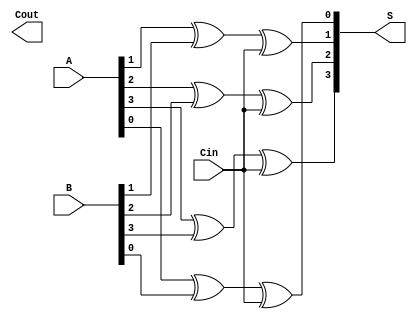
module han_carlson_adder #(parameter N = 16, // Total number of bits
                            parameter SEGMENT_SIZE = 4) // Size of each segment
(
    input  [N-1:0] A,      // First n-bit input
    input  [N-1:0] B,      // Second n-bit input
    input         Cin,      // Carry-in
    output [N-1:0] S,      // Sum output
    output        Cout      // Carry-out
);

    // Number of segments
    localparam NUM_SEGMENTS = N / SEGMENT_SIZE;

    // Internal signals
    wire [SEGMENT_SIZE-1:0] P [0:NUM_SEGMENTS-1]; // Propagate signals
    wire [SEGMENT_SIZE-1:0] G [0:NUM_SEGMENTS-1]; // Generate signals
    wire [NUM_SEGMENTS:0] C; // Carry signals (C[0] = Cin)
    wire [N-1:0] S_temp [0:NUM_SEGMENTS-1]; // Temporary sum outputs

    // Generate and propagate for each segment
    genvar i, j;
    generate
        for (i = 0; i < NUM_SEGMENTS; i = i + 1) begin : segment
            for (j = 0; j < SEGMENT_SIZE; j = j + 1) begin : bit
                assign P[i][j] = A[i*SEGMENT_SIZE + j] ^ B[i*SEGMENT_SIZE + j]; // Propagate
                assign G[i][j] = A[i*SEGMENT_SIZE + j] & B[i*SEGMENT_SIZE + j]; // Generate
            end
            
            // Carry generation for the segment
            if (i == 0) begin
                assign C[i] = Cin; // First segment carry-in is Cin
            end else begin
                assign C[i] = G[i-1][SEGMENT_SIZE-1] | (P[i-1][SEGMENT_SIZE-1] & C[i-1]);
            end
            
            // Sum calculation for the segment
            for (j = 0; j < SEGMENT_SIZE; j = j + 1) begin : sum_bit
                assign S_temp[i][j] = P[i][j] ^ C[i]; // Sum output for the segment
            end
        end
    endgenerate

    // Concatenate segment sums to form final sum output
    assign S = {S_temp[NUM_SEGMENTS-1], S_temp[NUM_SEGMENTS-2], S_temp[NUM_SEGMENTS-3], S_temp[NUM_SEGMENTS-4]}; // Adjust for N

    // Final carry-out
    assign Cout = C[NUM_SEGMENTS];

endmodule